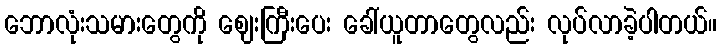
ဘောလုံးသမားတွေကို ဈေးကြီးပေး ခေါ်ယူတာတွေလည်း လုပ်လာခဲ့ပါတယ်။